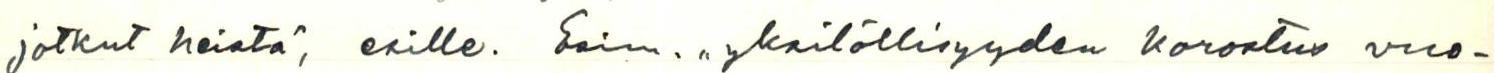
jotkut heistä, esille. Esim. ,,yksilöllisyyden korostus vuo-